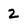
Character: 2